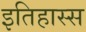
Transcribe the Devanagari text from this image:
इतिहास्स